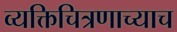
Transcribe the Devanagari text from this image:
व्यक्तिचित्रणाच्याच